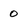
Character: 0